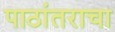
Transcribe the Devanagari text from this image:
पाठांतराचा